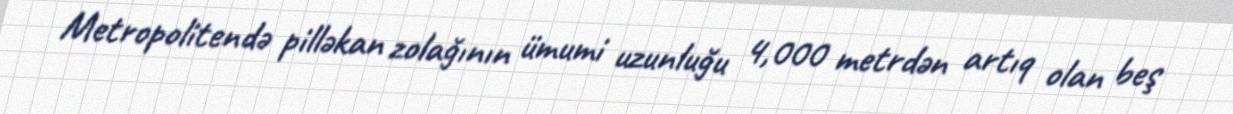
Metropolitendə pilləkan zolağının ümumi uzunluğu 4,000 metrdən artıq olan beş